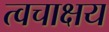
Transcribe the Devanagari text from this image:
त्वचाक्षय